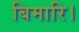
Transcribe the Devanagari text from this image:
बिमारि।